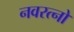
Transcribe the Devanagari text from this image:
नवरत्नो